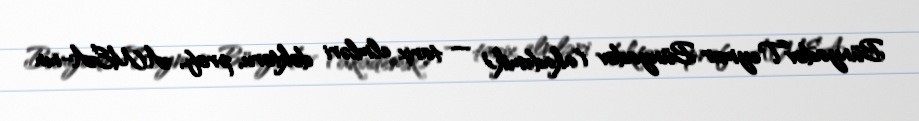
BünyadovTeymur Bünyadov (akademik) — tarix elmləri doktoru, prof., AMEA-nın